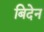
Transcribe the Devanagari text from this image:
बिदेन